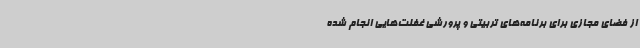
از فضای مجازی برای برنامه‌های تربیتی و پرورشی غفلت‌هایی انجام شده